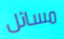
مسائل